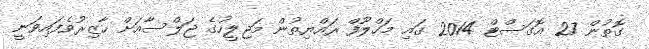
ގޮތުން 27 އޮގަސްޓް 2014 ގައި މަހްލޫފް ރައްޔިތުން މަޖިލީހުގެ ޖަލްސާއަށް ހާޒިރުވެފައިވަނީ